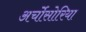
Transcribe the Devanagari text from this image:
अर्चोसोरिया